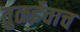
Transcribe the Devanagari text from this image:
तुळईचाच